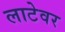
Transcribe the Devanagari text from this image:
लाटेवर